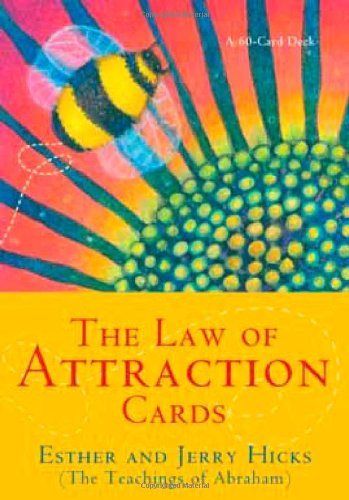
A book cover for The Law of Attraction Cards; Esther Hicks; Religion & Spirituality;